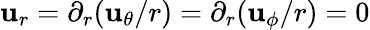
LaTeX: \mathbf{u}_{r}=\partial_{r}(\mathbf{u}_{\theta}/r)=\partial_{r}(\mathbf{u}_{\phi}/r)=0